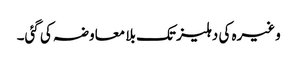
وغیرہ کی دہلیز تک بلا معاوضہ کی گئی۔